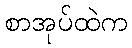
စာအုပ်ထဲက